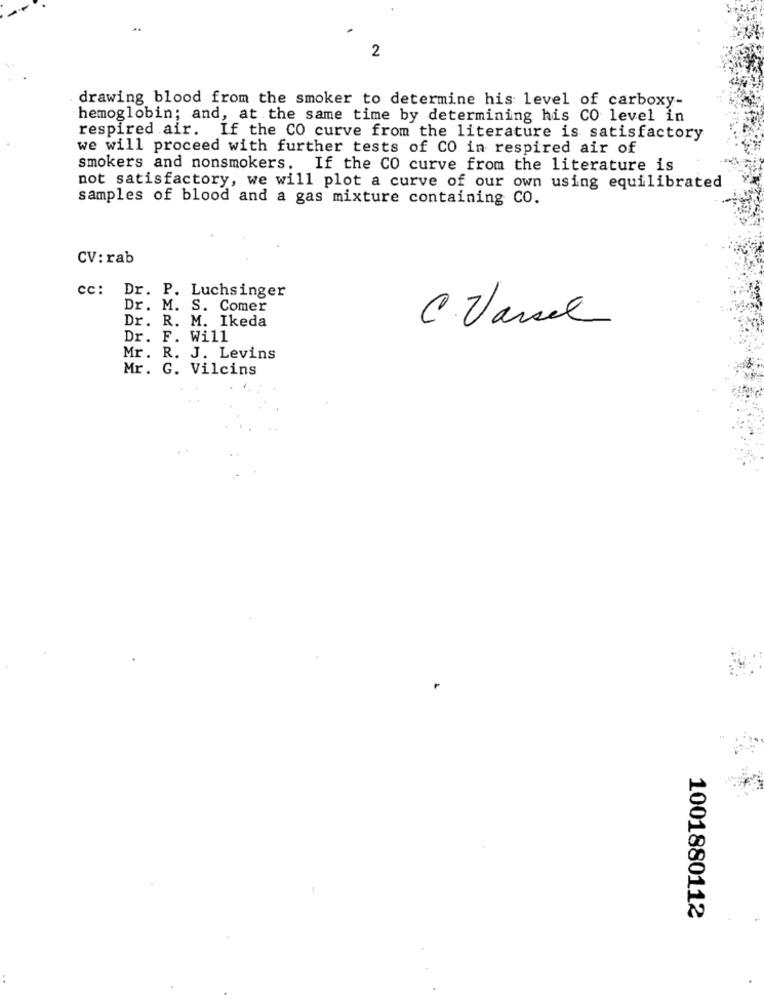
2
drawing blood from the smoker to determine his level of carboxy-
hemoglobin; and, at the same time by determining his CO level in
respired air. If the CO curve from the literature is satisfactory
we will proceed with further tests of CO in respired air of
smokers and nonsmokers. If the CO curve from the literature is
not satisfactory, we will plot a curve of our own using equilibrated
samples of blood and a gas mixture containing CO.
CV: rab
cc: Dr. P. Luchsinger
Dr. M. S. Comer
Dr. R. M. Ikeda
C.Varsel
Dr. F. Will
Mr. R. J. Levins
Mr. G. Vilcins
1001880112